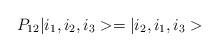
LaTeX: \begin{align*}P_{12}|i_1,i_2,i_3>=|i_2,i_1,i_3> \end{align*}